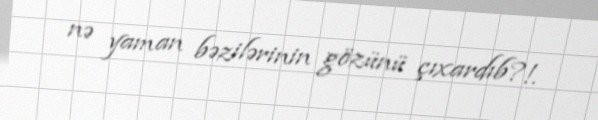
nə yaman bəzilərinin gözünü çıxardıb?!.